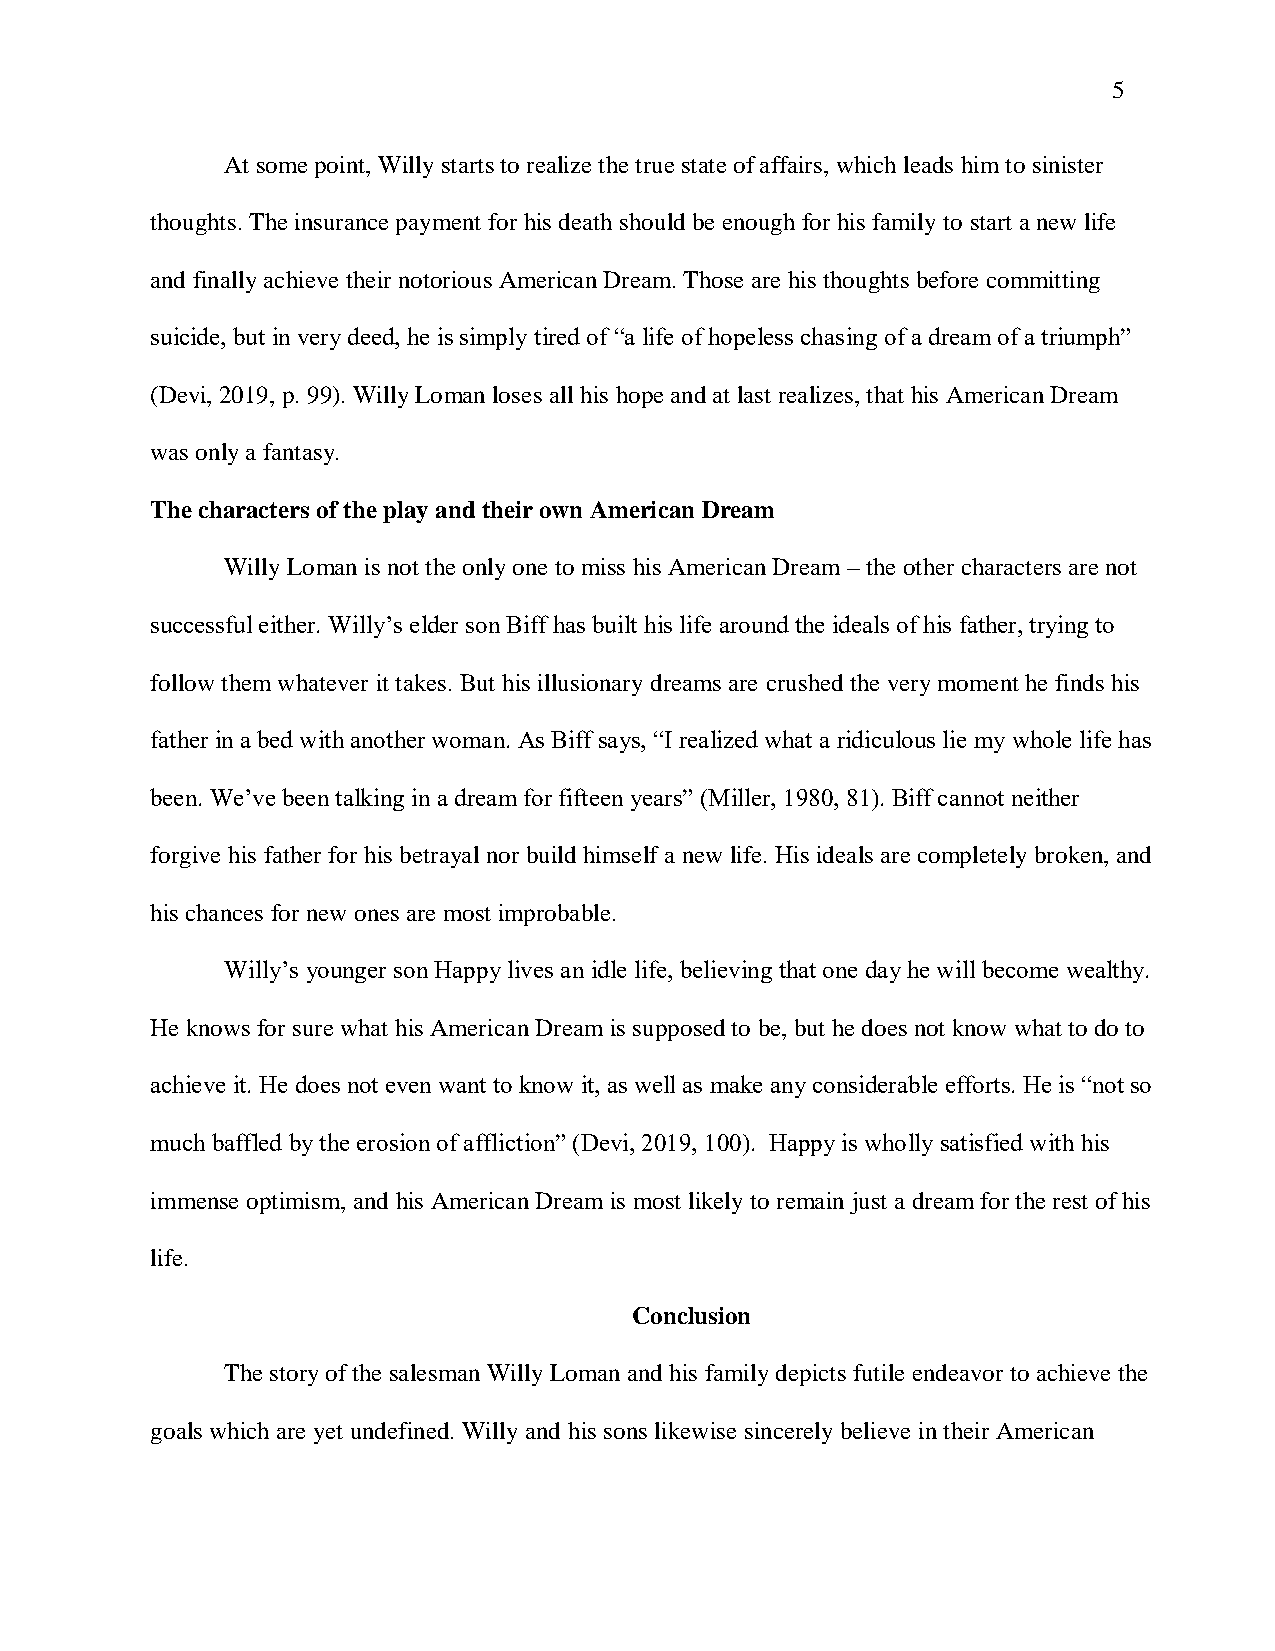
5
 At some point, Willy starts to realize the true state of affairs, which leads him to sinister
 thoughts. The insurance payment for his death should be enough for his family to start a new life
 and finally achieve their notorious American Dream. Those are his thoughts before committing
 suicide, but in very deed, he is simply tired of “a life of hopeless chasing of a dream of a triumph”
 (Devi, 2019, p. 99). Willy Loman loses all his hope and at last realizes, that his American Dream
 was only a fantasy.
 The characters of the play and their own American Dream
 Willy Loman is not the only one to miss his American Dream – the other characters are not
 successful either. Willy’s elder son Biff has built his life around the ideals of his father, trying to
 follow them whatever it takes. But his illusionary dreams are crushed the very moment he finds his
 father in a bed with another woman. As Biff says, “I realized what a ridiculous lie my whole life has
 been. We’ve been talking in a dream for fifteen years” (Miller, 1980, 81). Biff cannot neither
 forgive his father for his betrayal nor build himself a new life. His ideals are completely broken, and
 his chances for new ones are most improbable.
 Willy’s younger son Happy lives an idle life, believing that one day he will become wealthy.
 He knows for sure what his American Dream is supposed to be, but he does not know what to do to
 achieve it. He does not even want to know it, as well as make any considerable efforts. He is “not so
 much baffled by the erosion of affliction” (Devi, 2019, 100). Happy is wholly satisfied with his
 immense optimism, and his American Dream is most likely to remain just a dream for the rest of his
 life.
 Conclusion
 The story of the salesman Willy Loman and his family depicts futile endeavor to achieve the
 goals which are yet undefined. Willy and his sons likewise sincerely believe in their American